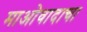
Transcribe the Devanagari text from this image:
माओवादाचा